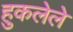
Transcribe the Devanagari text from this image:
हुकलेले